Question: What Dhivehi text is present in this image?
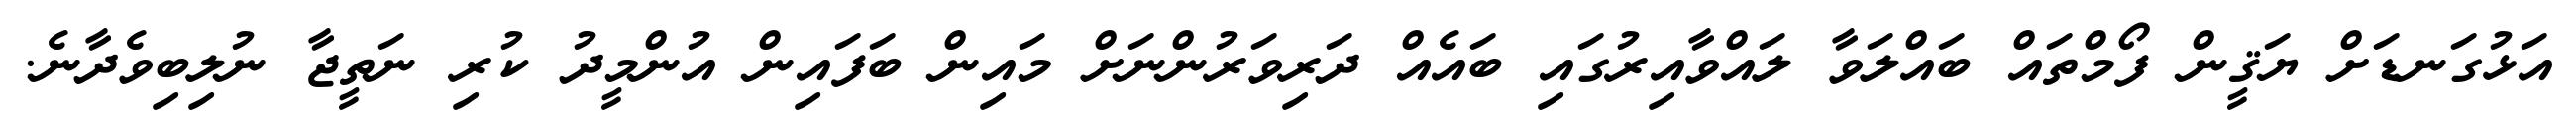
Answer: އަޅުގަނޑަށް ޔަޤީން ފޯމްތައް ބައްލަވާ ލައްވާއިރުގައި ބައެއް ދަރިވަރުންނަށް މައިން ބަފައިން އުންމީދު ކުރި ނަތީޖާ ނުލިބިވެދާނެ.